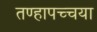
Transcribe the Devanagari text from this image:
तण्हापच्चया